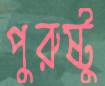
পুরুষ্টু